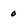
Character: 0